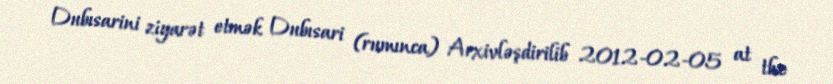
Dubısarini ziyarət etmək Dubısari (rumınca) Arxivləşdirilib 2012-02-05 at the